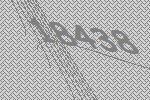
18438